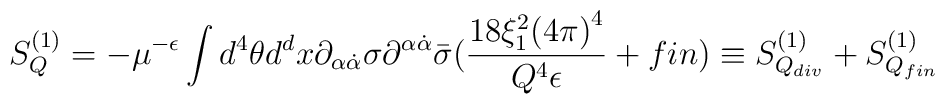
S_Q^{(1)}=-\mu^{-\epsilon}\int d^4\theta d^d x\partial_{\alpha\dot{\alpha}}\sigma\partial^{\alpha\dot{\alpha}}\bar{\sigma}(\frac{18\xi_1^2{(4\pi)}^4}{Q^4\epsilon}+fin)\equiv S^{(1)}_{Q_{div}}+S^{(1)}_{Q_{fin}}